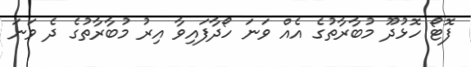
ފޮޓޯ ހޮޅުދޫ މުބާރާތުގެ އެއް ވަނަ ހޯދާފައިވާ އިރު މުބާރާތުގެ ދެ ވަނަ